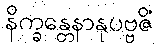
နိက္ခန္တေနာနုပဗ္ဗဇိံ